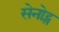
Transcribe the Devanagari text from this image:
सेनोट्स